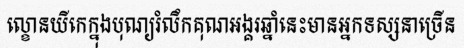
ល្ខោនយីកេក្នុងបុណ្យរំលឹកគុណអង្គរឆ្នាំនេះមានអ្នកទស្សនាច្រើន